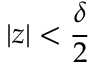
| z | < \frac { \delta } { 2 }